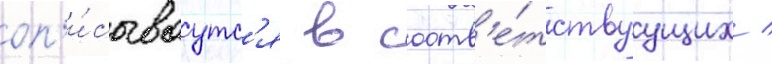
оп'и́сываутс'я в соотв'е́тствуущих /